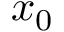
x _ { 0 }